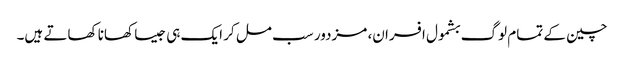
چین کے تمام لوگ بشمول افسران، مزدور سب مل کر ایک ہی جیسا کھانا کھاتے ہیں۔